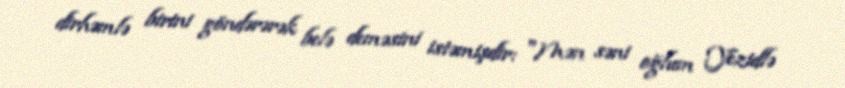
dirhəmlə birini göndərərək belə deməsini istəmişdir: "Mən səni oğlum Yezidlə